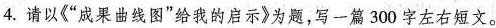
4.请以《 ”成果曲线图”给我的启示》为题，写一篇300字左右短文。